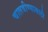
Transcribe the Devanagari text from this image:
चालवीण्यासाठी